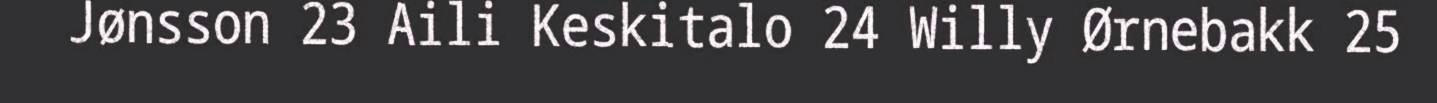
Jønsson 23 Aili Keskitalo 24 Willy Ørnebakk 25